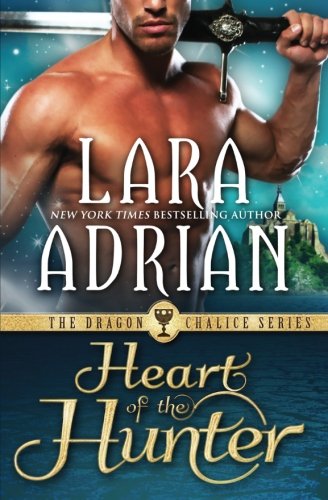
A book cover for Heart of the Hunter (Dragon Chalice) (Volume 1); Lara Adrian; Romance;